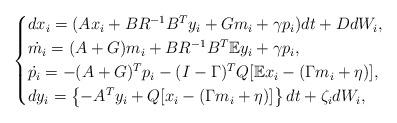
LaTeX: \begin{align*} \begin{cases}dx_i =( Ax_i +BR^{-1}B^Ty_i +G m_i+\gamma p_i) dt +D dW_i,\\ \dot{ m_i }= (A + G) m_i +BR^{-1} B^T {\mathbb E} y_i +\gamma p_i,\\ \dot{ p_i} = -(A+G)^T p_i -(I-\Gamma)^T Q [\mathbb{E}x_i- (\Gamma m_i+\eta)] ,\\dy_i=\left\{-A^T y_i +Q[x_i-(\Gamma m_i+\eta)]\right\} dt +\zeta_i dW_i,\end{cases}\end{align*}